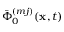
\bar { \Phi } _ { 0 } ^ { ( m j ) } ( \mathbf { x } , t )